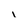
Character: i